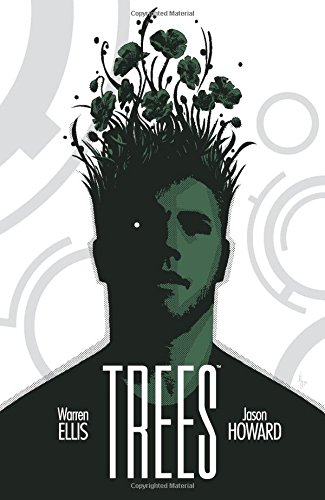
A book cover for Trees Volume 1 (Trees Tp); Warren Ellis; Comics & Graphic Novels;